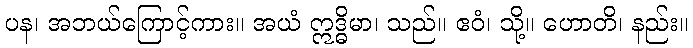
ပန၊ အဘယ်ကြောင့်ကား။ အယံ ဣဒ္ဓိမာ၊ သည်။ ဧဝံ၊ သို့။ ဟောတိ၊ နည်း။